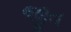
જીત